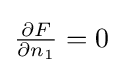
\textstyle {\frac {\partial F}{\partial n_{1}}}=0